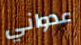
عدواني